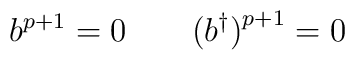
b^{p+1} = 0 \qquad \bigl(b^{\dagger}\bigr)^{p+1} = 0